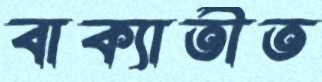
বাক্যাতীত